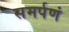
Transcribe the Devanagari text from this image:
समर्पणं